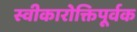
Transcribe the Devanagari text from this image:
स्वीकारोक्तिपूर्वक